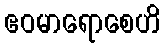
ဧဝမာရောစေဟိ